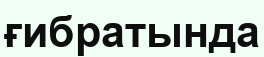
ғибратында